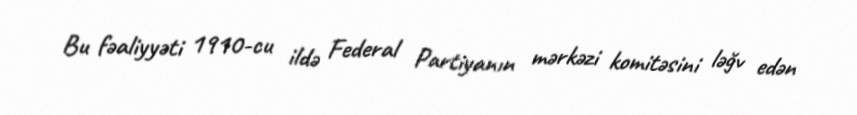
Bu fəaliyyəti 1910-cu ildə Federal Partiyanın mərkəzi komitəsini ləğv edən